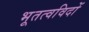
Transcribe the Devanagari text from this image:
भूतत्वविदों